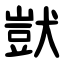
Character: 獃